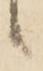
候